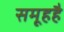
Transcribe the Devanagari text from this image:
समूहहै